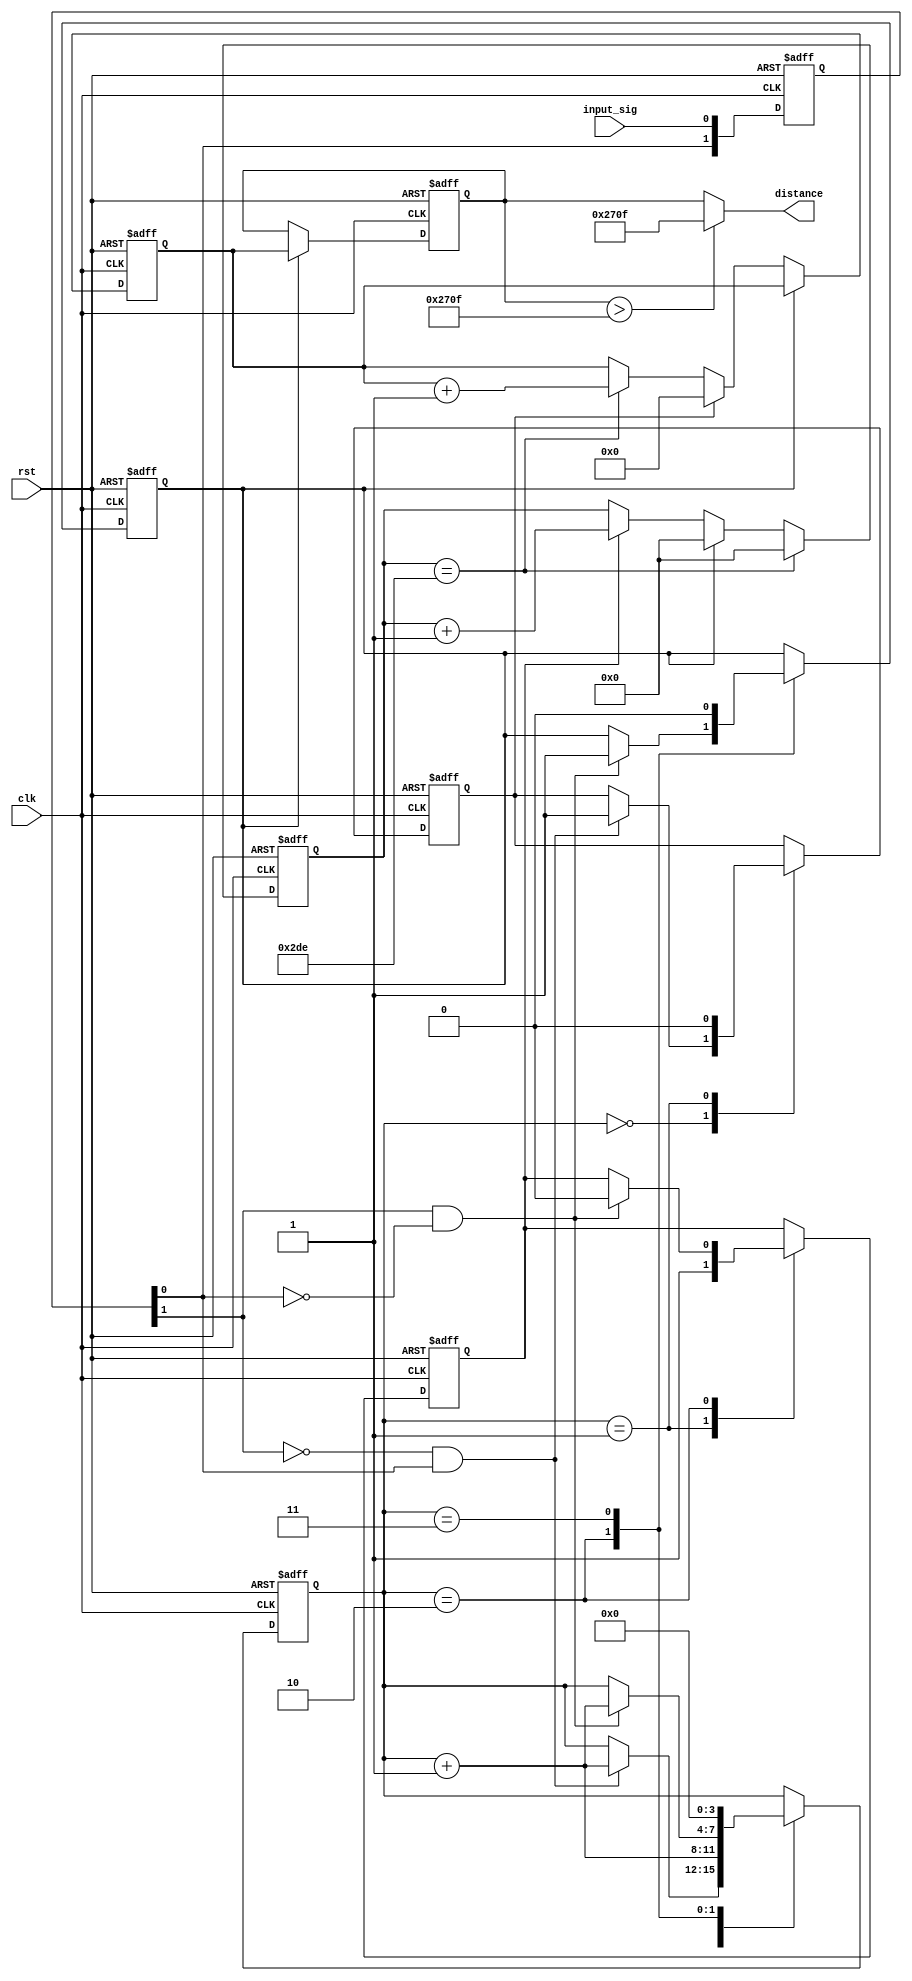
module distance_echo(
    clk,rst,input_sig,distance
    );
    input clk,rst;
    input input_sig;
    output wire[15:0]distance;
    parameter T1MM=734; //1MM5.88us734
    
    reg [15:0]dis_count;
    reg [15:0]r_distance;
    reg [9:0]mm_count;
    reg finish_sig;
    reg start_sig;
    reg start_count;
    reg [1:0]r_input;
    
    always @(posedge clk,posedge rst)
    begin 
        if(rst) dis_count<=0;
        else if(finish_sig) ;
        else if(start_sig) dis_count<=0;
        else if(mm_count==T1MM) dis_count<=dis_count+1;
    end 
    
    always @(posedge clk,posedge rst)
    begin 
        if(rst) mm_count<=0;
        else if(mm_count==T1MM) mm_count<=0;
        else if(finish_sig)mm_count<=0;
        else if(start_count) mm_count<=mm_count+1;
    
    end 
    
    always @(posedge clk,posedge rst)
    begin 
        if(rst) begin r_input<=0;  end 
         else begin 
            r_input[1]<=r_input[0];
            r_input[0]<=input_sig;
         end 
    end 
    
    reg [3:0]mode;
    always @(posedge clk,posedge rst)
    begin 
        if(rst) begin  finish_sig<=0; start_sig<=0; start_count<=0; mode<=0; end 
        else begin 
        case(mode)
            4'd0: if(~r_input[1]&&r_input[0]) begin  mode<=mode+1; start_sig<=1;   end 
            4'd1: begin start_sig<=0; start_count<=1;  mode<=mode+1; end 
            4'd2: if(r_input[1]&&~r_input[0]) begin mode<=mode+1; start_count<=0; finish_sig<=1; end 
            4'd3: begin mode<=0; finish_sig<=0;  end 
        endcase 
        end 
    end 
    
    always @(posedge clk,posedge rst)
    begin 
        if(rst) r_distance<=0;
        else if(finish_sig) r_distance<=dis_count;
    end 
    
    assign distance=(r_distance>9999)?9999:r_distance;
    
endmodule